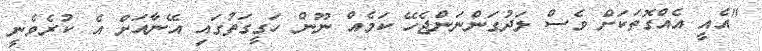
"އެއީ އެއްގޮތަކަށް ވެސް ލަދުގަންނަންޖެހޭ ކަމެއް ނޫން ހަގީގަތުގައި އޭނާއަށް އެ ކުރެވެނީ